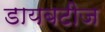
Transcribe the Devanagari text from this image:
डायबटीज